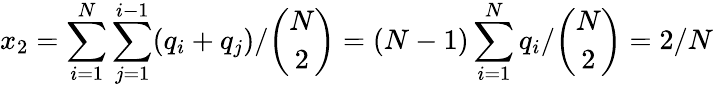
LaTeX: x_{2}=\sum_{i=1}^{N}\sum_{j=1}^{i-1}(q_{i}+q_{j})/\binom{N}{2}=(N-1)\sum_{i=1}^{N}q_{i}/\binom{N}{2}=2/N